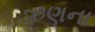
ઋણના